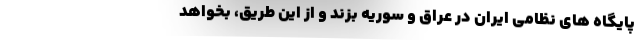
پایگاه های نظامی ایران در عراق و سوریه بزند و از این طریق، بخواهد